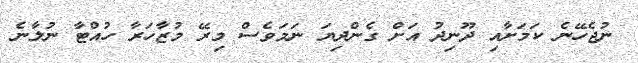
ނުޖެހޭނެ ކަމަށާއި ދޫނިދު އަށް ގެންދިޔަ ނަމަވެސް މިރޭ މުޒާހަރާ ހުއްޓާ ނުލާނެ